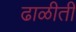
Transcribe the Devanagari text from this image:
ढाळीती